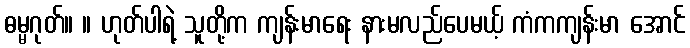
ဓမ္မဂုတ်။ ။ ဟုတ်ပါရဲ့ သူတို့က ကျန်းမာရေး နားမလည်ပေမယ့် ကံကကျန်းမာ အောင်